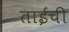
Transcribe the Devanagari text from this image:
ताईची